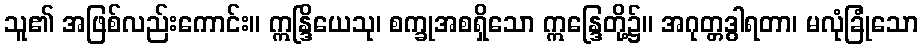
သူ၏ အဖြစ်လည်းကောင်း။ ဣန္ဒြိယေသု၊ စက္ခုအစရှိသော ဣန္ဒြေတို့၌။ အဂုတ္တဒွါရတာ၊ မလုံခြုံသော